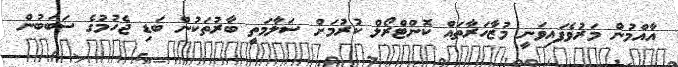
އާއްމުން މަރުވެފައިވަނީ މުޒާހަރާތައް ކޮންޓްރޯލް ކުރުމަށް ސަލާމަތީ ބާރުތަކުން ބަޑި ޖެހުމުގެ ސަބަބުން